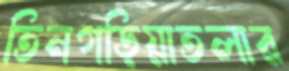
তিনগড়িয়াতলার